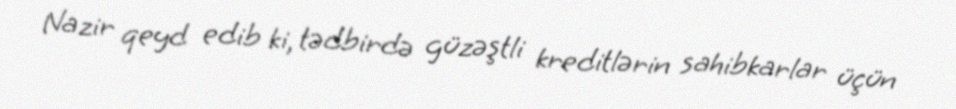
Nazir qeyd edib ki, tədbirdə güzəştli kreditlərin sahibkarlar üçün